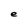
Character: e